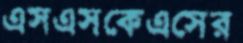
এসএসকেএসের